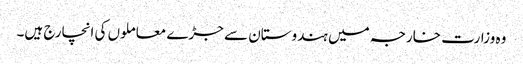
وہ وزارت خارجہ میں ہندوستان سے جڑے معاملوں کی انچارج ہیں۔